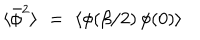
\langle \bar { \phi } ^ { 2 } \rangle \, \, = \, \, \langle \phi ( \beta / 2 ) \, \phi ( 0 ) \rangle